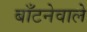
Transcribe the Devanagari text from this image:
बाँटनेवाले